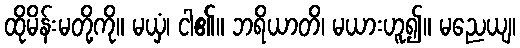
ထိုမိန်းမတို့ကို။ မယှံ၊ ငါ၏။ ဘရိယာတိ၊ မယားဟူ၍။ မညေယျ၊